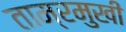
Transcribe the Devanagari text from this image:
ताम्रमुखी